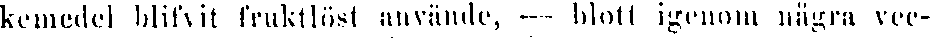
kemedel blifwit fruktlöst använde, — blott igenom några vec-